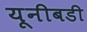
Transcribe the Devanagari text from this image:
यूनीबडी